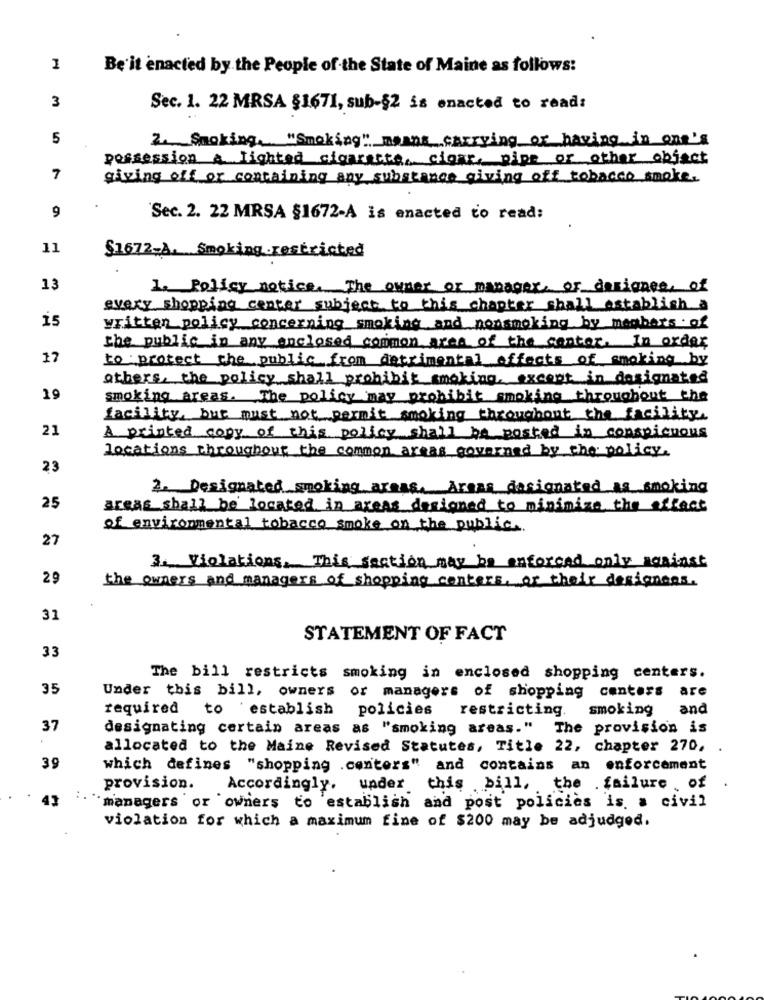
Be it enacted by the People of-the State of Maine as follows:
3
Sec. 1. 22 MRSA §1671, sub-§2 is enacted to read:
5
2. Smoking, "Smoking" manns carrying or having in one's
possession A lighted cigarette, clear, pipe or other object
7
giving off or containing any substance giving off tobacco smoke.
9
Sec. 2. 22 MRSA §1672-A is enacted to read:
11
§1672-A. Smoking restricted
13
1. Policy notice. The owner or manager, or designee, of
every shopping center subject to this chapter shall establish a
15
Written policy concerning smoking and nonsmoking by members of
the public in any enclosed common area of the center. In order
17
to protect the public from detrimental effects of smoking by
others, the policy shall prohibit smoking, except in designated
19
smoking areas. The policy may prohibit smoking throughout the
facility, but must not permit smoking throughout the facility.
21
A printed copy of this policy shall be posted in conspicuous
locations throughout the common areas governed by the policy.
23
2. Designated smoking areas. Areas designated as smoking
25
areas shall be located in areas designed to minimize the effect
of environmental tobacco smoke on the public.
27
3. Violations, This section may be enforced only against
29
the owners and managers of shopping centers, or their designens.
31
STATEMENT OF FACT
33
The bill restricts smoking in enclosed shopping centers.
35
Under this bill, owners of managers of shopping centers are
smoking
and
required to establish policies
restricting.
37
designating certain areas as "smoking areas." The provision is
allocated to the Maine Revised Statutes, Title 22, chapter 270,
39
which defines "shopping .centers" and contains an enforcement
provision.
Accordingly, under this bill, the failure of
managers or owners to establish and post policies is a civil
violation for which a maximum fine of $200 may be adjudged.